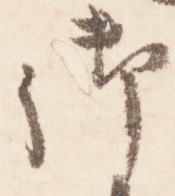
御